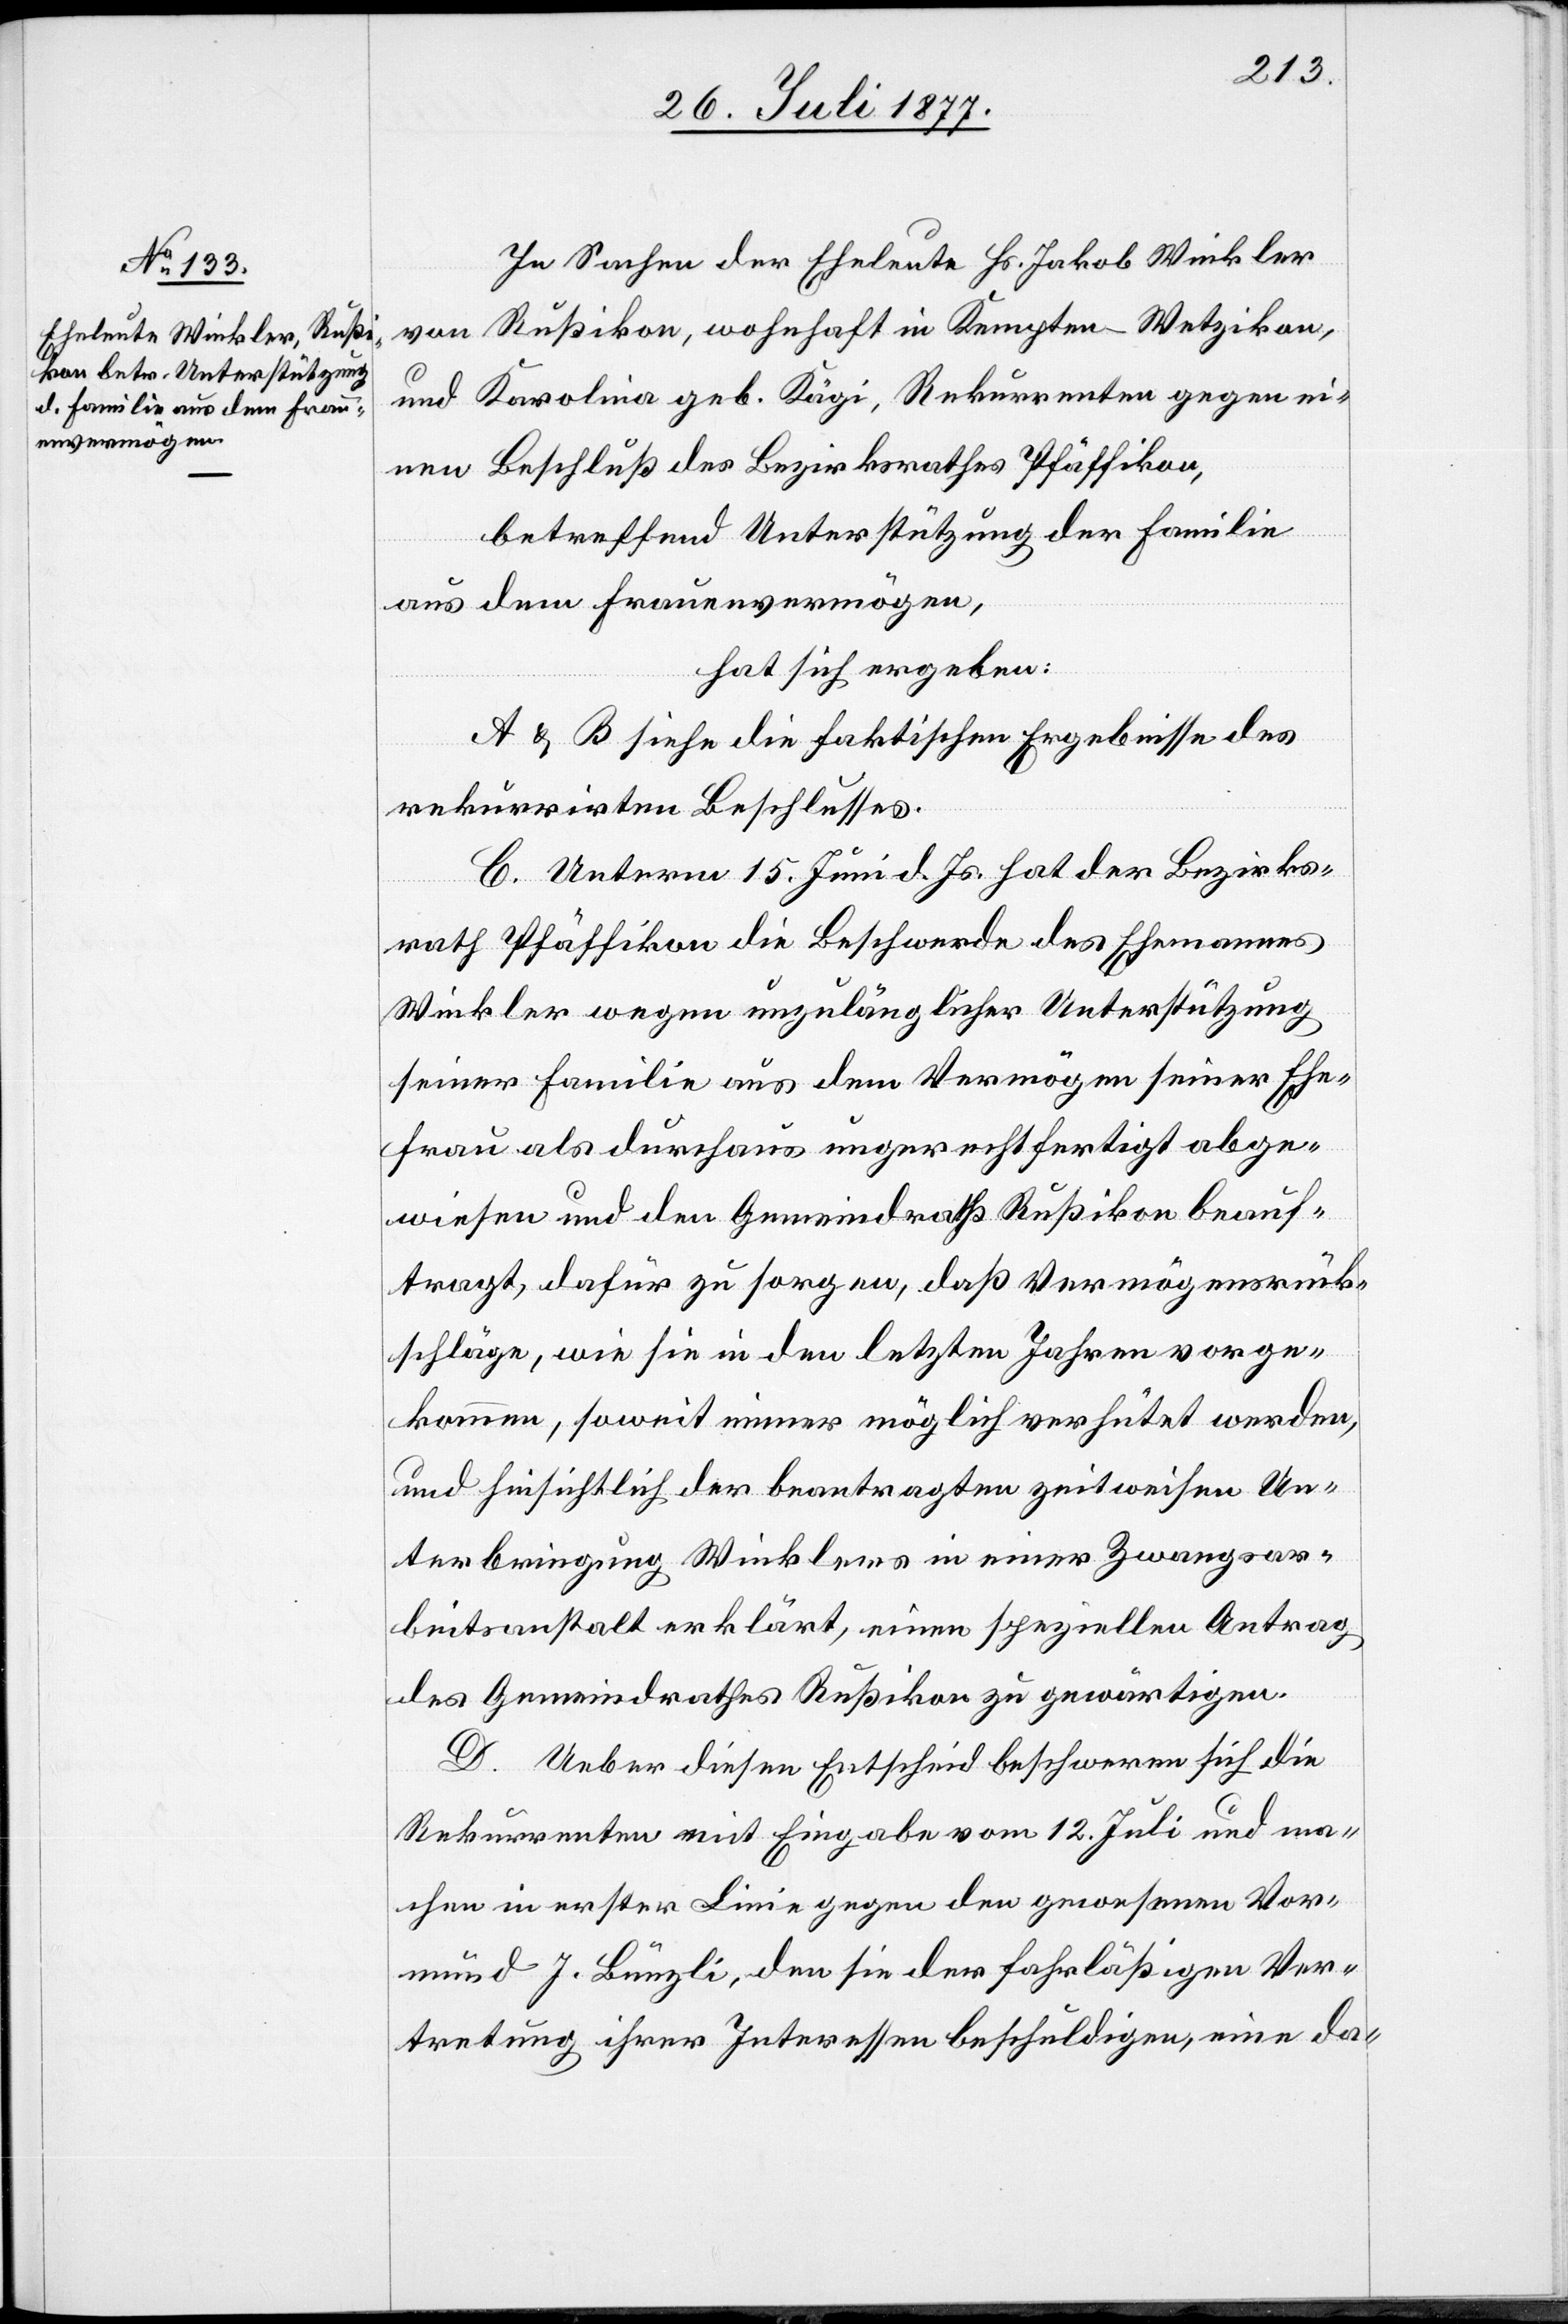
In Sachen der Eheleute Hs. Jakob Winkler
von Rußikon, wohnhaft in Kempten - Wetzikon,
und Karolina geb. Kägi, Rekurrenten gegen ei¬
nen Beschluß des Bezirksrathes Pfäffikon,
betreffend Unterstützung der Familie
aus dem Frauenvermögen,
hat sich ergeben:
A & B siehe die faktischen Ergebnisse des
rekurrirten Beschlusses.
C. Unterm 15. Juni d. Js. hat der Bezirks¬
rath Pfäffikon die Beschwerde des Ehemannes
Winkler wegen unzulänglicher Unterstützung
seiner Familie aus dem Vermögen seiner Ehe¬
frau als durchaus ungerechtfertigt abge¬
wiesen und den Gemeindrath Rußikon beauf¬
tragt, dafür zu sorgen, daß Vermögensrück¬
schläge, wie sie in den letzten Jahren vorge¬
kommen, soweit immer möglich verhütet werden,
und hinsichtlich der beantragten zeitweisen Un¬
terbringung Winklers in einer Zwangsar¬
beitsanstalt erklärt, einen speziellen Antrag
des Gemeindrathes Rußikon zu gewärtigen.
D. Ueber diesen Entscheid beschweren sich die
Rekurrenten mit Eingabe vom 12. Juli und ma¬
chen in erster Linie gegen den gewesenen Vor¬
mund J. Bünzli, den sie der fahrläßigen Ver¬
tretung ihrer Interessen beschuldigen, eine da-